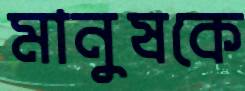
মানুষকে